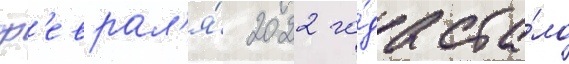
ф'еврал'я́ 2022 го́да ста́ло